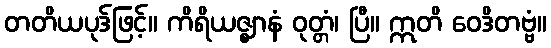
တတိယပုဒ်ဖြင့်။ ကိရိယဇ္ဈာနံ ဝုတ္တံ၊ ပြီ။ ဣတိ ဝေဒိတဗ္ဗံ။